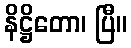
နိဋ္ဌိတော၊ ပြီ။